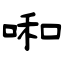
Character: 啝